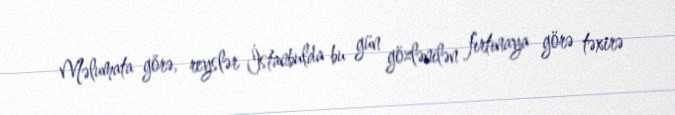
Məlumata görə, reyslər İstanbulda bu gün gözlənilən fırtınaya görə təxirə